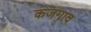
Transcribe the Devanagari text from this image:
कजगाव